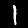
Label: 1